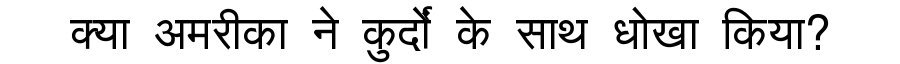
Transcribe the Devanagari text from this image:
क्या अमरीका ने कुर्दों के साथ धोखा किया?